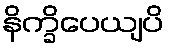
နိက္ခိပေယျပိ